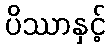
ပိဿာနှင့်